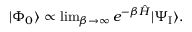
\begin{array} { r } { | \Phi _ { 0 } \rangle \propto \operatorname* { l i m } _ { \beta \to \infty } e ^ { - \beta \hat { H } } | \Psi _ { \mathrm { I } } \rangle . } \end{array}